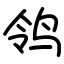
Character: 鸰